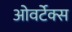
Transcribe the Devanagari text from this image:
ओवर्टेक्स